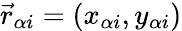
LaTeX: {\vec{r}}_{\alpha i}=(x_{\alpha i},y_{\alpha i})